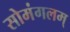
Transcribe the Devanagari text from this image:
सोमंगलम्